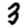
Digit: 3